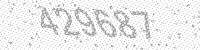
Solution: 429687